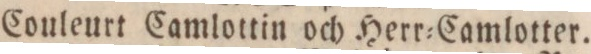
” ” Couleurt Camlottin och Herr=Camlotter.